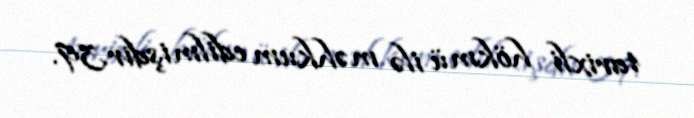
tarixli hökmü ilə məhkum edilmişdir.39.